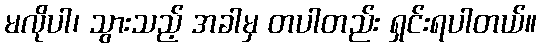
မလိုပါ၊ သွားသည့် အခါမှ တပါတည်း ရှင်းရပါတယ်။